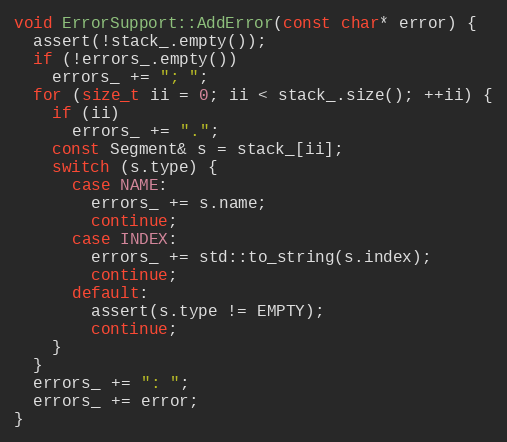
Language: C++
void ErrorSupport::AddError(const char* error) {
  assert(!stack_.empty());
  if (!errors_.empty())
    errors_ += "; ";
  for (size_t ii = 0; ii < stack_.size(); ++ii) {
    if (ii)
      errors_ += ".";
    const Segment& s = stack_[ii];
    switch (s.type) {
      case NAME:
        errors_ += s.name;
        continue;
      case INDEX:
        errors_ += std::to_string(s.index);
        continue;
      default:
        assert(s.type != EMPTY);
        continue;
    }
  }
  errors_ += ": ";
  errors_ += error;
}